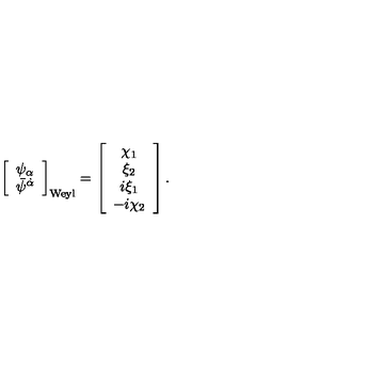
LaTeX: \left[ \begin{array} { c } { \psi _ { \alpha } } \\ { \bar { \psi } ^ { \dot { \alpha } } } \\ \end{array} \right] _ { \mathrm { W e y l } } = \left[ \begin{array} { c } { \chi _ { 1 } } \\ { \xi _ { 2 } } \\ { i \xi _ { 1 } } \\ { - i \chi _ { 2 } } \\ \end{array} \right] .